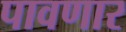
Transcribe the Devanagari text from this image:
पावणार